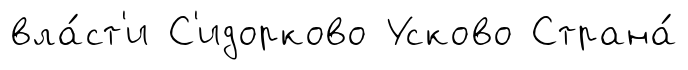
вла́ст'и С'идорково Усково Страна́